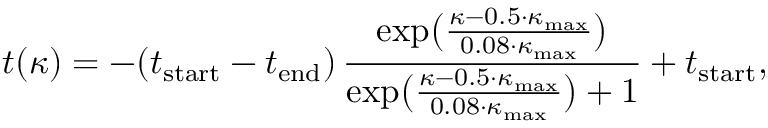
t ( \kappa ) = - ( t _ { \mathrm { s t a r t } } - t _ { \mathrm { e n d } } ) \, \frac { \exp \bigl ( \frac { \kappa - 0 . 5 \cdot \kappa _ { \mathrm { m a x } } } { 0 . 0 8 \cdot \kappa _ { \mathrm { m a x } } } \bigr ) } { \exp \bigl ( \frac { \kappa - 0 . 5 \cdot \kappa _ { \mathrm { m a x } } } { 0 . 0 8 \cdot \kappa _ { \mathrm { m a x } } } \bigr ) + 1 } + t _ { \mathrm { s t a r t } } ,